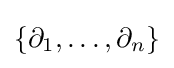
\{\partial _{1},\ldots ,\partial _{n}\}